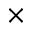
\times